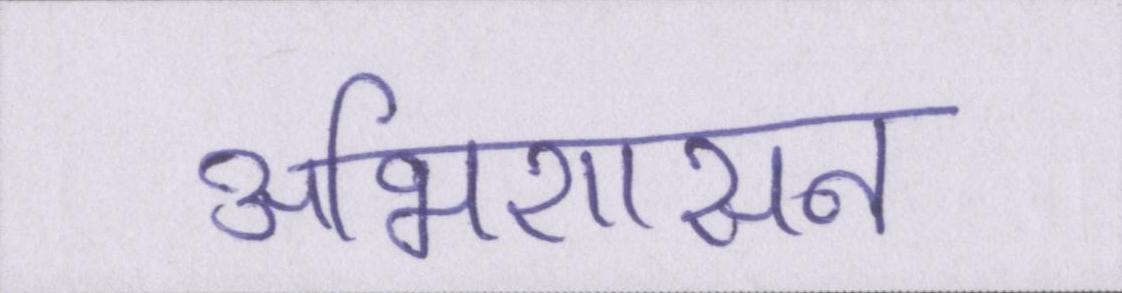
अभिशासन